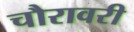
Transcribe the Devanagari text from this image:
चौरावरी